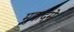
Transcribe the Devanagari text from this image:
मुक्कदमे